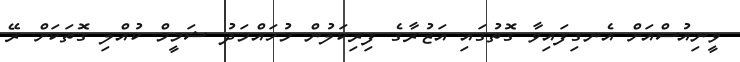
ވީނިއުސްއަށް އެނގިފައިވާ ގޮތުގައި އަޒުރާގެ ފިރިކަލުން މުހައްމަދު ޝަމީމް ކުއްލި ގޮތަކަށް ރޭ